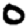
Digit: 0